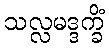
သလ္လမဒ္ဒက္ခိံ